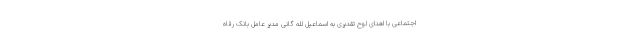
اجتماعی با اهدای لوح تقدیری به اسماعیل لله گانی مدیر عامل بانک رفاه